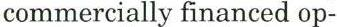
commercially financed op-